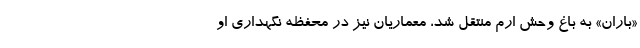
«باران» به باغ وحش ارم منتقل شد، معماریان نیز در محفظه نگهداری او